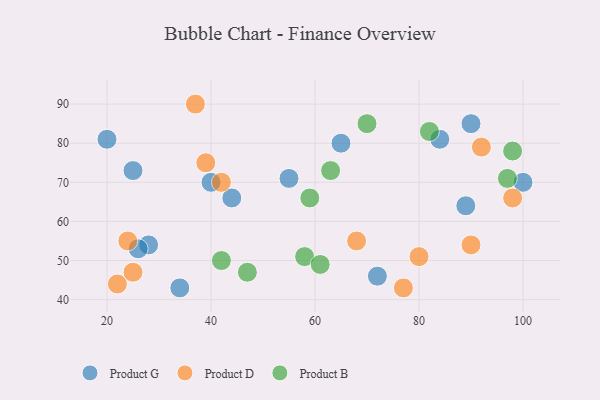
{"axis": {"x": "GDP", "y": "Life Expectancy"}, "legend": ["Product B", "Product D", "Product G"], "data": [{"x": "20", "y": 81, "type": "Product G"}, {"x": "90", "y": 85, "type": "Product G"}, {"x": "40", "y": 70, "type": "Product G"}, {"x": "28", "y": 54, "type": "Product G"}, {"x": "72", "y": 46, "type": "Product G"}, {"x": "100", "y": 70, "type": "Product G"}, {"x": "34", "y": 43, "type": "Product G"}, {"x": "26", "y": 53, "type": "Product G"}, {"x": "25", "y": 73, "type": "Product G"}, {"x": "84", "y": 81, "type": "Product G"}, {"x": "89", "y": 64, "type": "Product G"}, {"x": "55", "y": 71, "type": "Product G"}, {"x": "44", "y": 66, "type": "Product G"}, {"x": "65", "y": 80, "type": "Product G"}, {"x": "37", "y": 90, "type": "Product D"}, {"x": "68", "y": 55, "type": "Product D"}, {"x": "42", "y": 70, "type": "Product D"}, {"x": "22", "y": 44, "type": "Product D"}, {"x": "24", "y": 55, "type": "Product D"}, {"x": "39", "y": 75, "type": "Product D"}, {"x": "77", "y": 43, "type": "Product D"}, {"x": "80", "y": 51, "type": "Product D"}, {"x": "92", "y": 79, "type": "Product D"}, {"x": "98", "y": 66, "type": "Product D"}, {"x": "25", "y": 47, "type": "Product D"}, {"x": "90", "y": 54, "type": "Product D"}, {"x": "63", "y": 73, "type": "Product B"}, {"x": "97", "y": 71, "type": "Product B"}, {"x": "58", "y": 51, "type": "Product B"}, {"x": "61", "y": 49, "type": "Product B"}, {"x": "98", "y": 78, "type": "Product B"}, {"x": "47", "y": 47, "type": "Product B"}, {"x": "59", "y": 66, "type": "Product B"}, {"x": "42", "y": 50, "type": "Product B"}, {"x": "82", "y": 83, "type": "Product B"}, {"x": "70", "y": 85, "type": "Product B"}]}